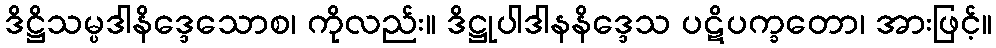
ဒိဋ္ဌိသမ္ပဒါနိဒ္ဒေသောစ၊ ကိုလည်း။ ဒိဋ္ဌုပါဒါနနိဒ္ဒေသ ပဋိပက္ခတော၊ အားဖြင့်။